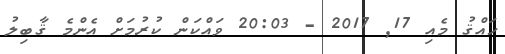
ހައްޤު މެއި 17